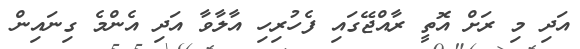
އަދި މި ރަށް އޮތީ ރާއްޖޭގައި ފެހުރިހި އާލާވާ އަދި އެންމެ ގިނައިން